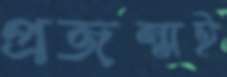
প্রজন্মই